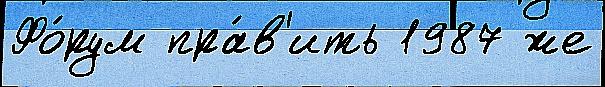
Фо́рум пра́в'ить 1987 же